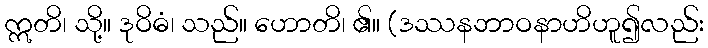
ဣတိ၊ သို့။ ဒုဝိဓံ၊ သည်။ ဟောတိ၊ ၏။ (ဒဿနဘာဝနာဟိဟူ၍လည်း